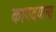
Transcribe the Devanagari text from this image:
कायदयाना